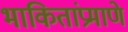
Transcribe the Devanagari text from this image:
भाकितांप्रमाणे